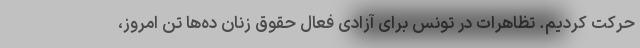
حرکت کردیم. تظاهرات در تونس برای آزادی فعال حقوق زنان ده‌ها تن امروز،